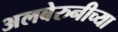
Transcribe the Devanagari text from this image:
अलबेरुनीच्या